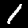
Label: 1